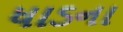
ધાડના